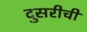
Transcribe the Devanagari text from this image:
दुसरीची